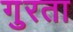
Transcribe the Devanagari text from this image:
गुरता